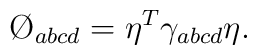
\O_{abcd}=\eta^T \gamma_{abcd}\eta .